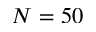
N = 5 0